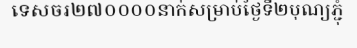
ទេសចរ២៧០០០០នាក់សម្រាប់ថ្ងៃទី២បុណ្យភ្ជុំ